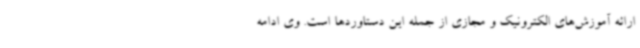
ارائه آموزش‌های الکترونیک و مجازی از جمله این دستاوردها است. وی ادامه